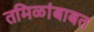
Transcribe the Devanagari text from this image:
तमिळांबाबत